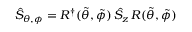
\hat { S } _ { \theta , \phi } = R ^ { \dagger } ( \tilde { \theta } , \tilde { \phi } ) \, \hat { S } _ { z } \, R ( \tilde { \theta } , \tilde { \phi } )